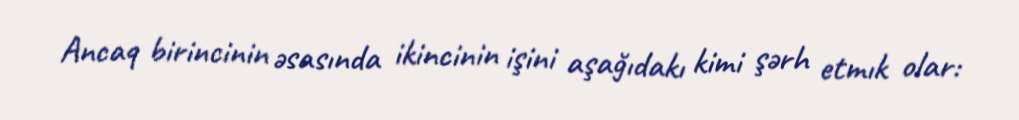
Ancaq birincinin əsasında ikincinin işini aşağıdakı kimi şərh etmık olar: